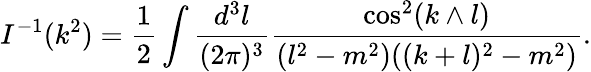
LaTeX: I^{-1}(k^{2})=\frac 12\int\frac{d^{3}l}{(2\pi)^{3}}\frac{\cos^{2}(k\wedge l)}{(l^{2}-m^{2})((k+l)^{2}-m^{2})}.